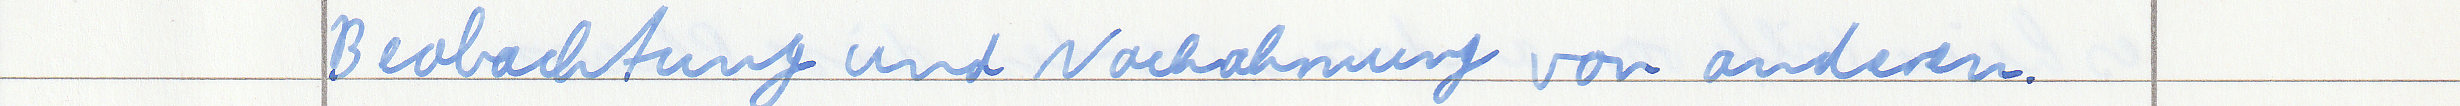
Beobachtung und Nachahmung von anderen.